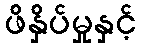
ဖိနှိပ်မှုနှင့်